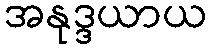
အနုဒ္ဒယာယ